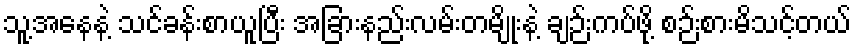
သူ့အနေနဲ့ သင်ခန်းစာယူပြီး အခြားနည်းလမ်းတမျိုးနဲ့ ချဉ်းကပ်ဖို့ စဉ်းစားမိသင့်တယ်